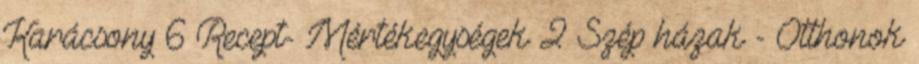
Karácsony 6 Recept- Mértékegységek 2 Szép házak - Otthonok